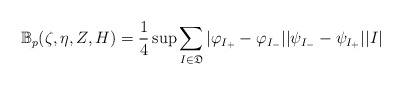
\begin{align*} \mathbb{B}_p(\zeta,\eta,Z,H)=\frac{1}{4}\sup\sum_{I\in \mathfrak{D}}|\varphi_{I_+}-\varphi_{I_-}||\psi_{I_-}-\psi_{I_+}||I| \end{align*}